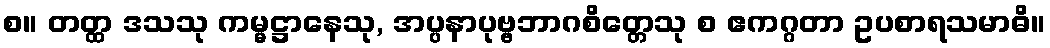
စ။ တတ္ထ ဒသသု ကမ္မဋ္ဌာနေသု, အပ္ပနာပုဗ္ဗဘာဂစိတ္တေသု စ ဧကဂ္ဂတာ ဥပစာရသမာဓိ။